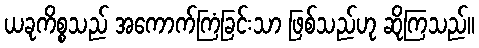
ယခုကိစ္စသည် အကောက်ကြံခြင်းသာ ဖြစ်သည်ဟု ဆိုကြသည်။